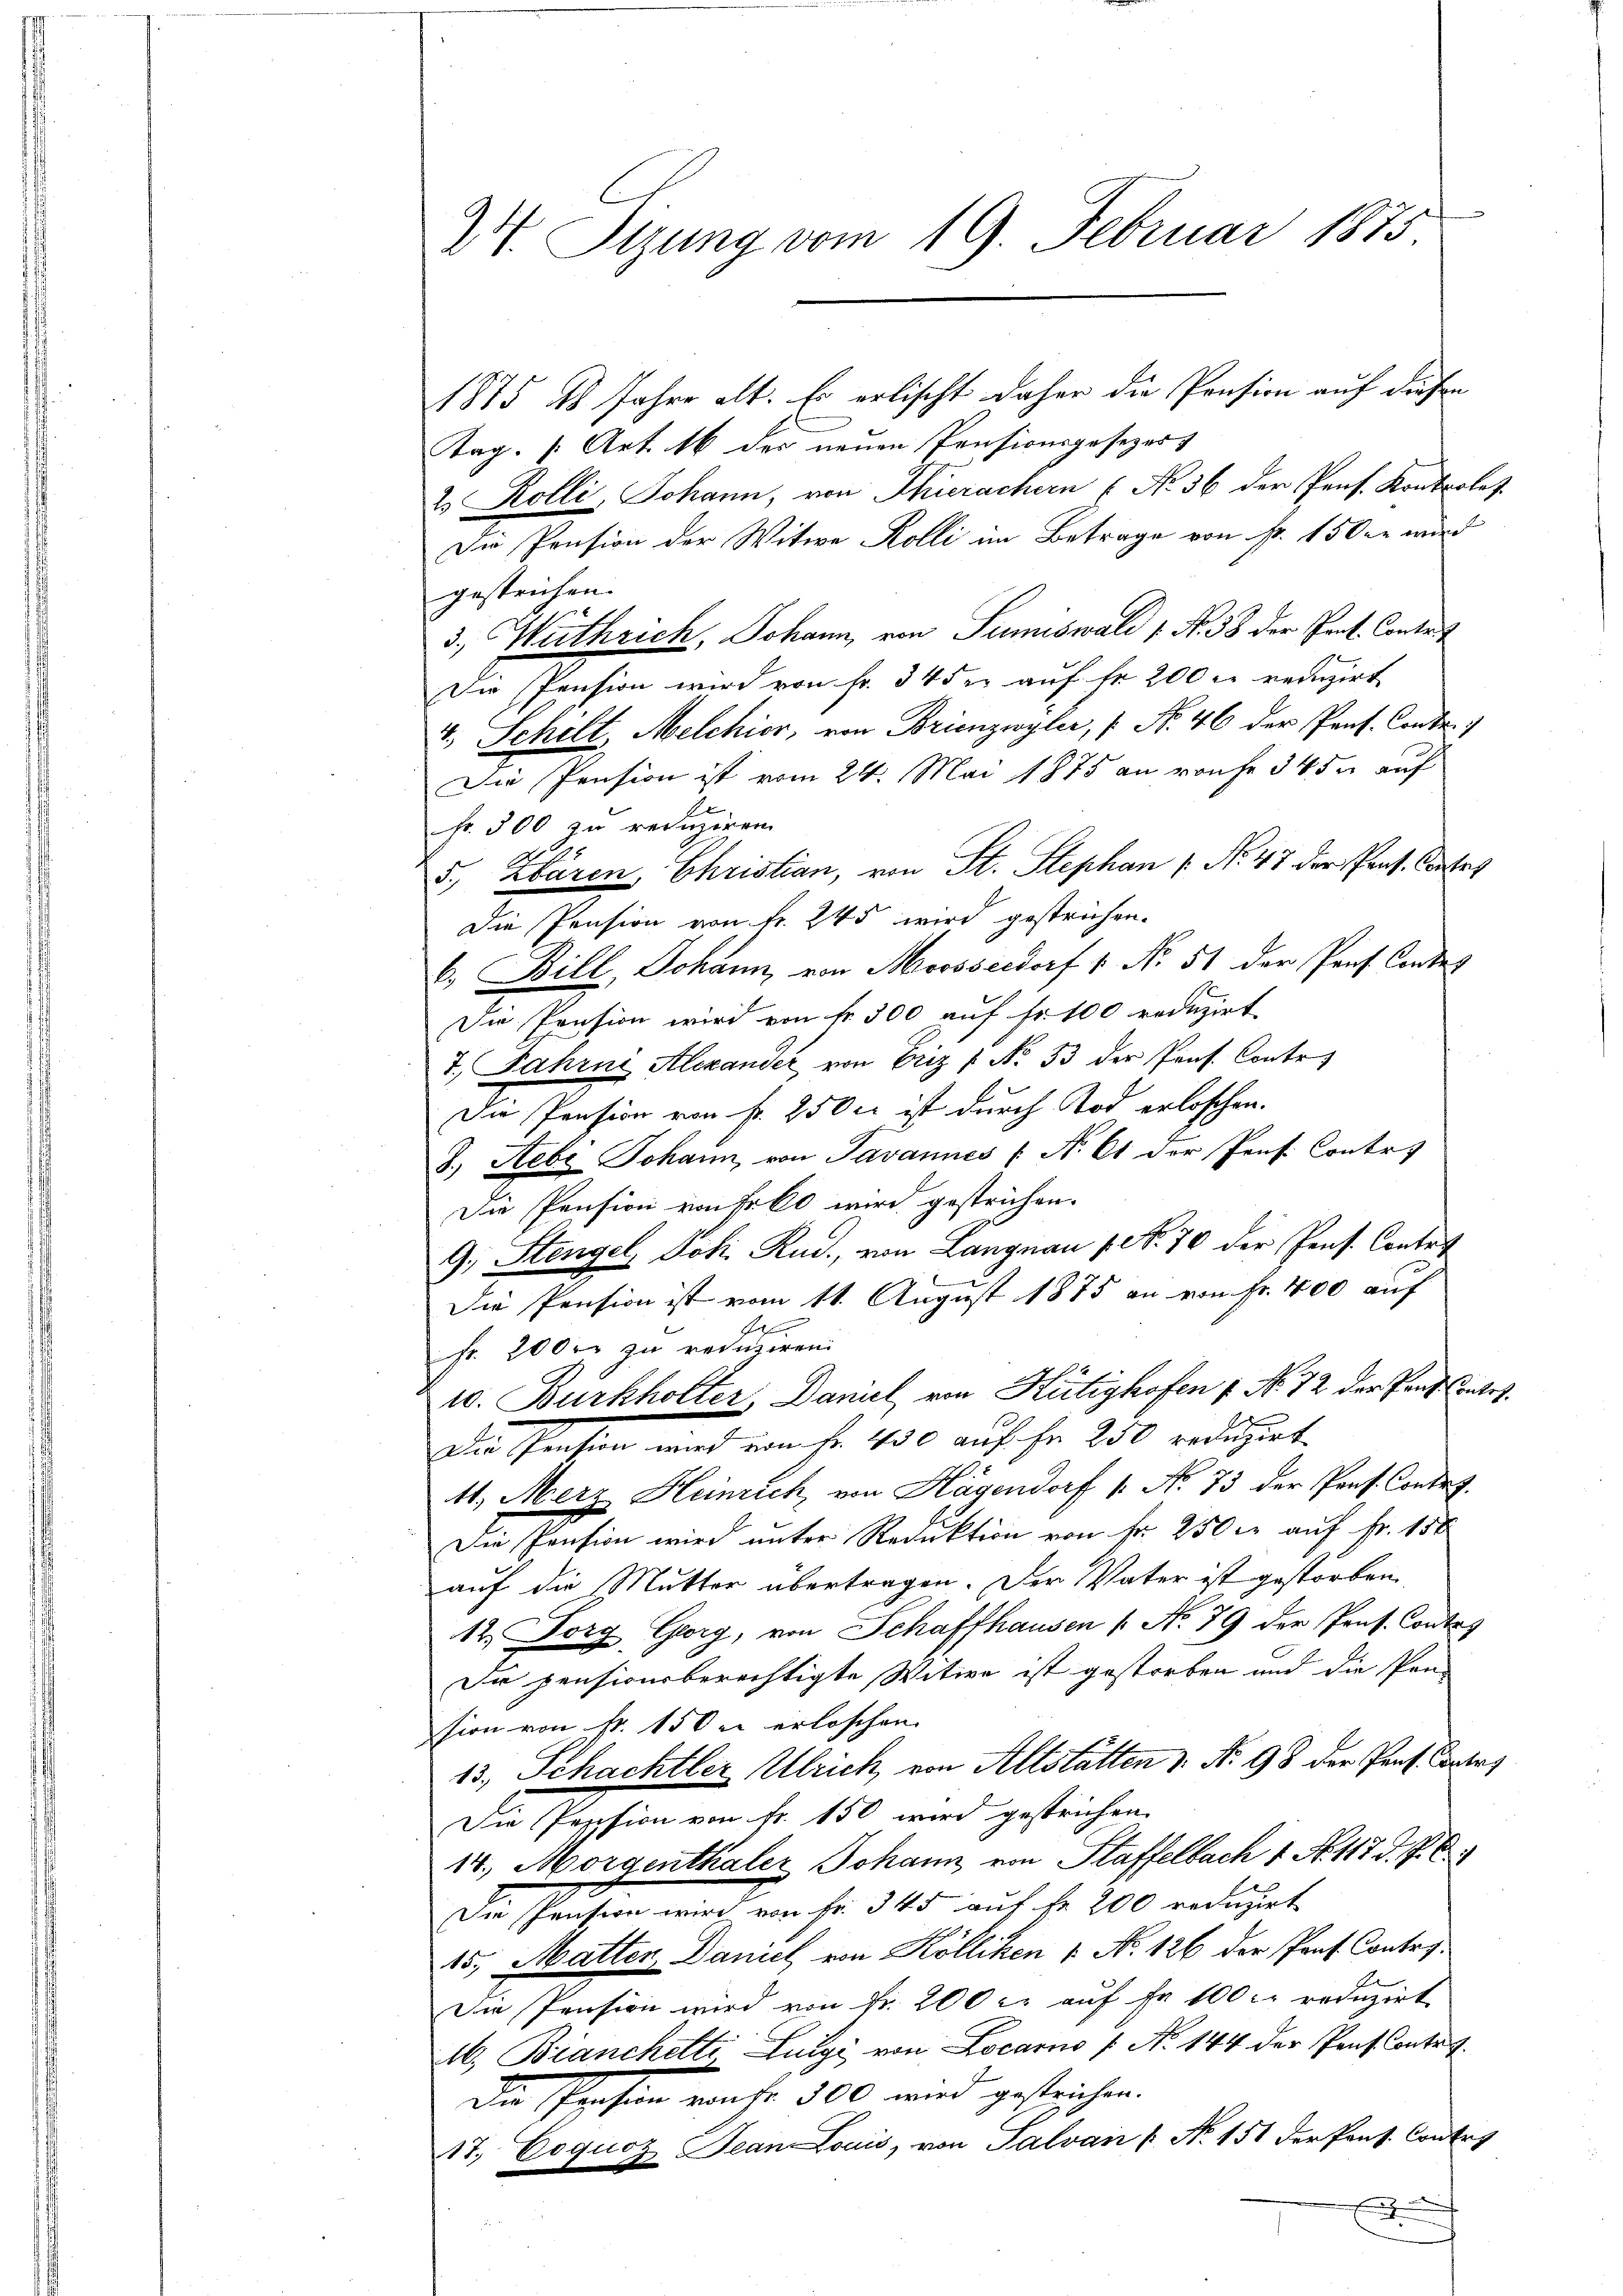
24. Sizung vom 19. Februar 1875

1875 18 Jahre alt. Er erlischt daher die Pension auf diesen
Tag. [Art. 16 des neuen Pensionsgesezess
2 Kolli, Johann, von Thierachern ( No 36 der Pens. Kontrolet.
Die Pension der Witwe Kolli im Betrage von fr. 150 r wird
gestrichen.
3., Wirthrich, Johann, von Sumiswald 1. No. 38 der Pant. Contrit
Die Pension wird von Fr. 34 der auf fr 200 r reduzirt
4.) Schelt, Melchior, von Brienzwyler, [ No. 46 der Prof. Contr.)
Die Pension ist vom 24. Mai 1875 an rauhe 345 auf
l
fr. 300 zu reduziren
5 Zbären, Christian, von St. Stephan ( No. 47 der Prof. Contes
Die Pension von Fr. 245 wird gestrichen.
b. Bill, Johann von Moosseldorf 1. No. 51 der Prof. Contes
Die Pension wird von Fr. 300 auf fr. 100 reduzirt.
7. Jahrni, Alexander von Criz /: No 33 der Prof. Contr
Die Pension von fr. 250 ct ist durch Tod erloschen.
J. Hebe Johann, von Tavannes /: No 61 der Prof. Contr.
Die Pension von Fr. 60 wird gestrichen.
9. Stengel, Joh. Rud., von Langnau 1. No. 70 der Pens. Contret
Die Pension ist vom 11. August 1875 an von Fr. 400 auf
Fr. 200 zu reduziren.
10. Burkholter Daniel, von Hütighofen f. No. 72 der Prof Contes
Die Pension wird von fr. 150 auf Fr. 250 reduzirt.
41. Merz Heinrich, von Hagendorf [ No 73 der Pers. Contra
Die Pension wird unter Reduktion von fr. 250 l. auf Fr. 150
auf die Mutter übertragen. Der Vater ist gestorben.
12. Forg, Georg, von Schaffhausen /: No 79 der Prof. Contag
Die pensionsberechtigte Witwe ist gestorben und die Pen-
sion von Nr. 150 r. erloschen.
13, Schachtler Ulrich, von Altstätten v. N. 98 der Prof. Contr
Die Pession von fr. 150 wird gestrichen.
14., Morgenthaler Johann, von Staffelbach 1. No. 117. d. d. 6.
Die Pension wird von Fr. 345 auf fr 200 reduzirt
15. Matten Daniel von Kölliken 1. No. 126 der Prof. Contry.
Die Pension wird von Fr. 200 l. auf Fr. 100 r. reduzirt
M. Bianchetti Luigi von Locarno 1 No 144 der Prof. Contrs.
Die Prosen wahr 300 wird gestrichen.
17, Coquoz Jean Louis, von Salvan [No 151 der Pans. Contr
h